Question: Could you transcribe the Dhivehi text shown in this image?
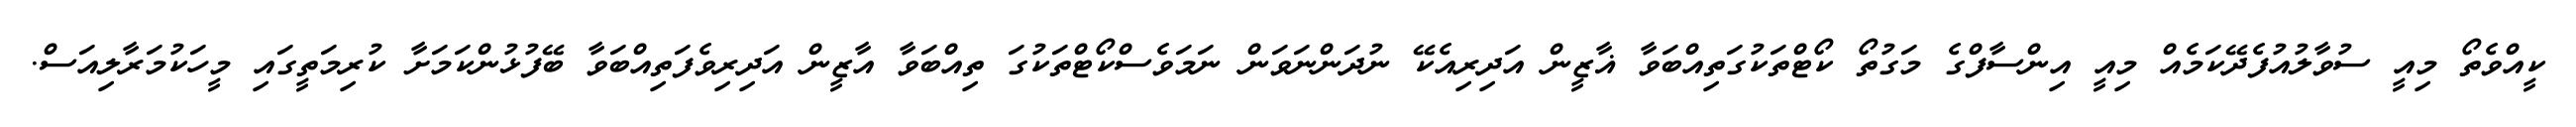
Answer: ކީއްވެތޯ މިއީ ސުވާލުއުފެދޭކަމެއް މިއީ އިންސާފްގެ މަގުތޯ ކޯޓްތަކުގަތިއްބަވާ ޣާޒީން އަދިރިއެކޭ ނުދަންނަވަން ނަމަވެސްކޯޓްތަކުގަ ތިއްބަވާ އާޒީން އަދިރިވެފަތިއްބަވާ ބޭފުޅުންކަމަށާ ކުރިމަތީގައި މީހަކުމަރާލިއަސް.